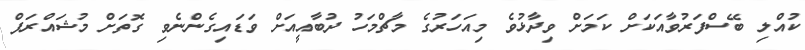
ކުއްލި ބޭސްފަރުވާއަކަށް ކަމަށް ވިދާޅުވެ މިއަހަރުގެ މާޗްމަހު ދުބާއީއަށް ވަޑައިގެންނެވި ގޮތަށް މުޝައްރަފް